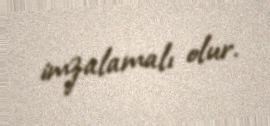
imzalamalı olur.